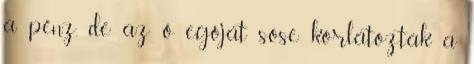
a pénz, de az ő egóját sose korlátozták a